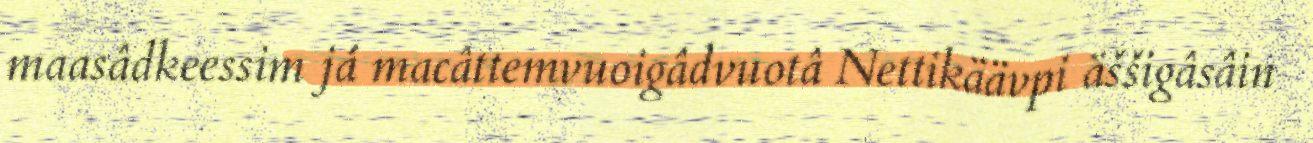
maasâdkeessim já macâttemvuoigâdvuotâ Nettikäävpi äššigâsâin